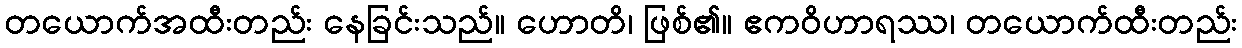
တယောက်အထီးတည်း နေခြင်းသည်။ ဟောတိ၊ ဖြစ်၏။ ဧကဝိဟာရဿ၊ တယောက်ထီးတည်း